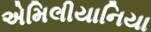
એમિલીયાનિયા